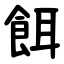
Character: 餌